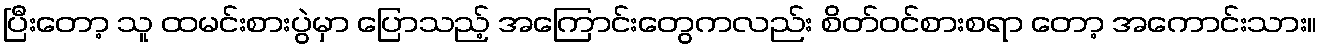
ပြီးတော့ သူ ထမင်းစားပွဲမှာ ပြောသည့် အကြောင်းတွေကလည်း စိတ်ဝင်စားစရာ တော့ အကောင်းသား။